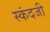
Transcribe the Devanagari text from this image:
स्कंदजी